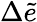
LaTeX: \Delta\widetilde{e}